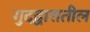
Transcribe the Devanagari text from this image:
गुदद्वारातील